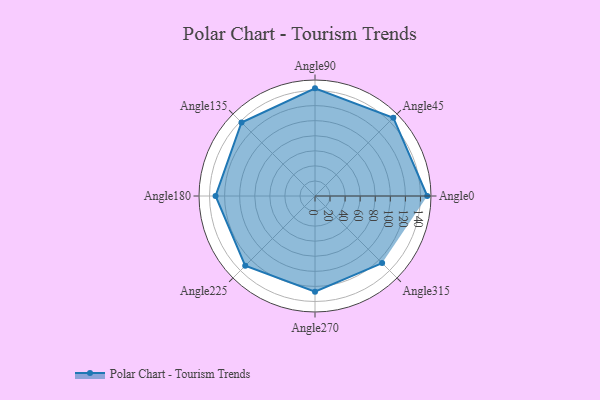
{"axis": {"x": "Angle", "y": "Radius"}, "legend": [""], "data": [{"x": "Angle0", "y": 149.0, "type": ""}, {"x": "Angle45", "y": 147.0, "type": ""}, {"x": "Angle90", "y": 143.0, "type": ""}, {"x": "Angle135", "y": 138.0, "type": ""}, {"x": "Angle180", "y": 132.0, "type": ""}, {"x": "Angle225", "y": 131.0, "type": ""}, {"x": "Angle270", "y": 127.0, "type": ""}, {"x": "Angle315", "y": 126.0, "type": ""}]}